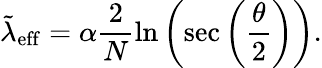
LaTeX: \tilde{\lambda}_{\mathrm{eff}}=\alpha\frac{2}{N}\ln\left(\sec\left(\frac{\theta}{2}\right)\right).